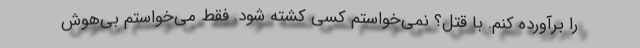
را برآورده کنم. با قتل؟ نمی‌خواستم کسی کشته شود. فقط می‌خواستم بی‌هوش